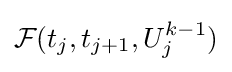
{\mathcal {F}}(t_{j},t_{j+1},U_{j}^{k-1})